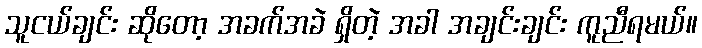
သူငယ်ချင်း ဆိုတော့ အခက်အခဲ ရှိတဲ့ အခါ အချင်းချင်း ကူညီရမယ်။